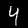
Label: 4